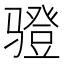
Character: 𲌋